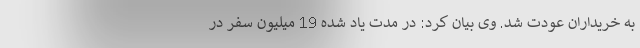
به خریداران عودت شد. وی بیان کرد: در مدت یاد شده 19 میلیون سفر در